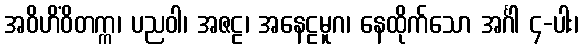
အဝိဟိံဝိတက္က၊ ပညဝါ၊ အဇဠ၊ အနေဠမူဂ၊ နေထိုက်သော အင်္ဂါ ၄-ပါး၊